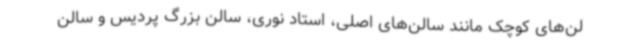
لن‌های کوچک مانند سالن‌های اصلی، استاد نوری، سالن بزرگ پردیس و سالن